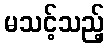
မသင့်သည့်